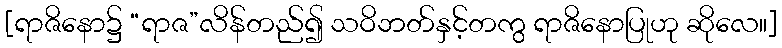
[ရာဇိနော၌ “ရာဇ”လိန်တည်၍ သဝိဘတ်နှင့်တကွ ရာဇိနောပြုဟု ဆိုလေ။]